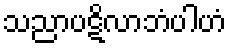
သညာပဋိလာဘံပါဟံ